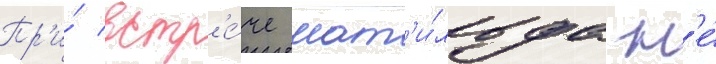
Пр'и́ встр'е́че мат'и́льда н'е́